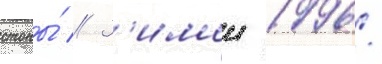
стопы́ // З'имои 1996/